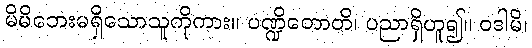
မိမိဘေးမရှိသောသူကိုကား။ ပဏ္ဍိတောတိ၊ ပညာရှိဟူ၍။ ဝဒါမိ၊